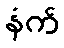
နံက်